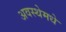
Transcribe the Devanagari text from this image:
अवस्थेमधे